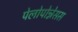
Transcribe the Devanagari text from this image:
पेलोपोन्नेसस